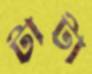
টাটা